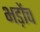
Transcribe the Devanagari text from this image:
भड़ोंच